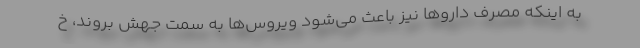
به اینکه مصرف داروها نیز باعث می‌شود ویروس‌ها به سمت جهش بروند، خ